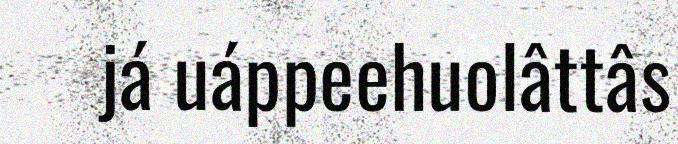
já uáppeehuolâttâs